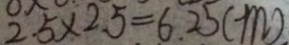
2 . 5 \times 2 . 5 = 6 . 2 5 ( m )